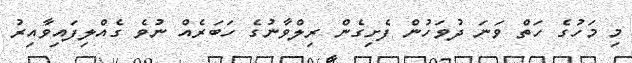
މި މަހުގެ ހަތް ވަނަ ދުވަހުން ފެށިގެން ރިލްވާނުގެ ހަބަރެއް ނުވެ ގެއްލިފައިވާއިރު